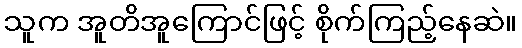
သူက အူတိအူကြောင်ဖြင့် စိုက်ကြည့်နေဆဲ။